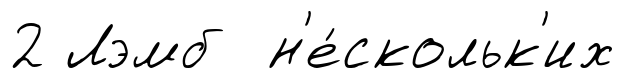
2 Лэмб н'е́скольк'их